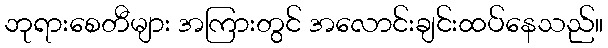
ဘုရားစေတီများ အကြားတွင် အလောင်းချင်းထပ်နေသည်။